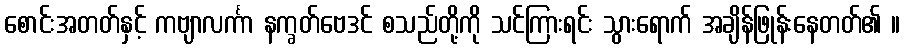
စောင်းအတတ်နှင့် ကဗျာလင်္ကာ နက္ခတ်ဗေဒင် စသည်တို့ကို သင်ကြားရင်း သွားရောက် အချိန်ဖြုန်းနေတတ်၏ ။